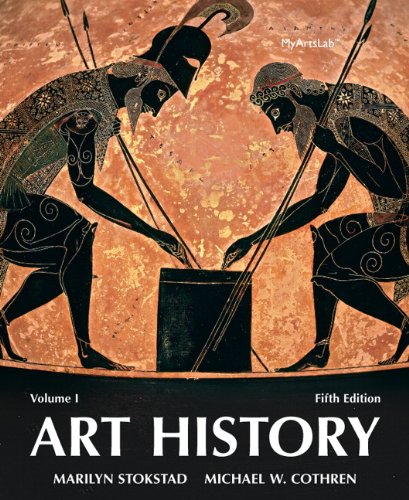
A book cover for Art History Volume 1 (5th Edition); Marilyn Stokstad; Arts & Photography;